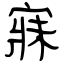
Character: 寐